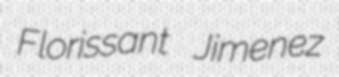
Florissant Jimenez